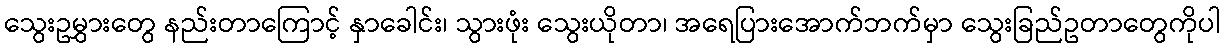
သွေးဥမွှားတွေ နည်းတာကြောင့် နှာခေါင်း၊ သွားဖုံး သွေးယိုတာ၊ အရေပြားအောက်ဘက်မှာ သွေးခြည်ဥတာတွေကိုပါ